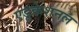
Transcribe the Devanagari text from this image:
एडूकेशनल